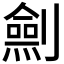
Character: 𠠆